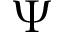
\Psi